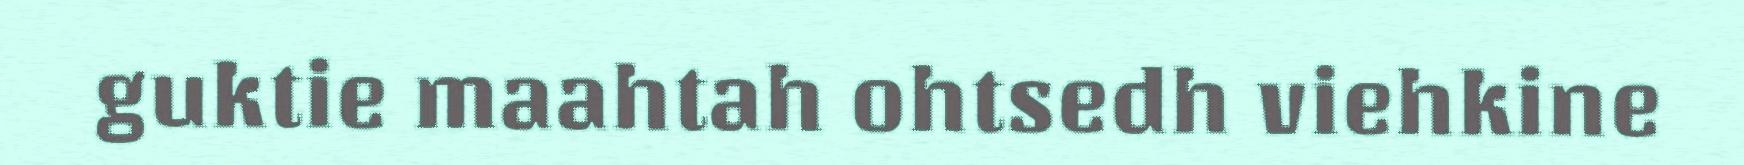
guktie maahtah ohtsedh viehkine